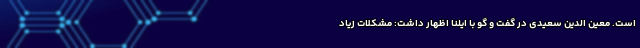
است. معین الدین سعیدی در گفت و گو با ایلنا اظهار داشت: مشکلات زیاد